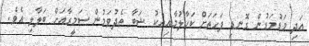
އަދި މަޑުމަޑުން ގޮނޑި ފަހަތަށް ކަހާލުމާއިއެކު ޝަބާ ތެދުވަމުން ސަމީރާއަށް ބަލާލި އެވެ.